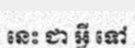
នេះ ជា អ្វី ទៅ